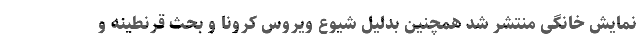
نمایش خانگی منتشر شد همچنین بدلیل شیوع ویروس کرونا و بحث قرنطینه و